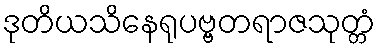
ဒုတိယသိနေရုပဗ္ဗတရာဇသုတ္တံ